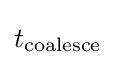
t_{\text{coalesce}}